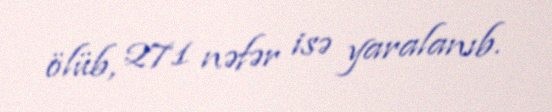
ölüb, 271 nəfər isə yaralanıb.